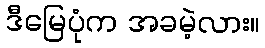
ဒီမြေပုံက အခမဲ့လား။